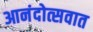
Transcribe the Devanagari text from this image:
आनंदोत्सवात